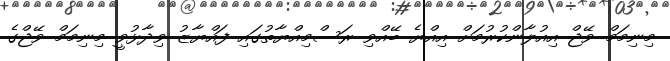
މިނިމަމް ވޭޖް އިއުލާންކުރުމަށް އިއްޔެ ބޭއްވި ރަސްމިއްޔާތުގައި ފައްޔާޒު ވިދާޅުވީ މިނިމަމް ވޭޖްގެ